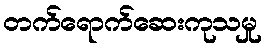
တက်ရောက်ဆေးကုသမှု